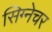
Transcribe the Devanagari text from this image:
सिग्‍नेचर